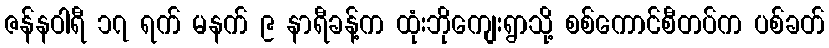
ဇန်နဝါရီ ၁၇ ရက် မနက် ၉ နာရီခန့်က ထုံးဘိုကျေးရွာသို့ စစ်ကောင်စီတပ်က ပစ်ခတ်